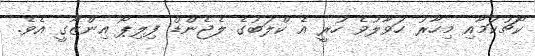
ކޯޗުކަމާއި މިހާރު ހަވާލުވެ ހުރީ އެ ކްލަބުގެ ލެޖެންޑް ފިލިޕޯ އިންޒާގީ އެވެ.